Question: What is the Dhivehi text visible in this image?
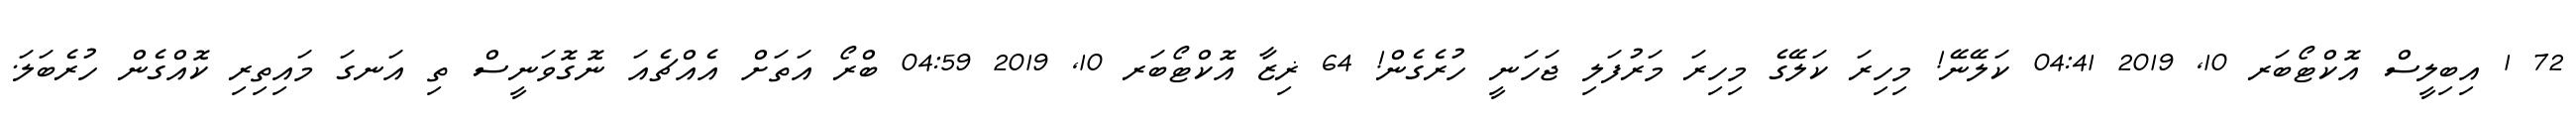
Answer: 72 1 އިބިލީސް އޮކްޓޯބަރ 10, 2019 04:41 ކަލޭނޭ! މިހިރަ ކަލޭގެ މިހިރަ މަރުފަލި ޖަހަނީ ހުރެގެން! 64 ޜިޒާ އޮކްޓޯބަރ 10, 2019 04:59 ބްރޯ އަތަށް އެއްޗެއަ ނޮގޮވަނީސް ތި އަނގަ މައިތިރި ކޮއްގެން ހުރެބަލަ.